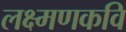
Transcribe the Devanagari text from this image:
लक्ष्मणकवि